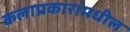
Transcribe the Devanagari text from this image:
कलाप्रकारांमधील